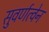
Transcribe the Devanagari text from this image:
सुवर्णत्वेन